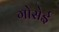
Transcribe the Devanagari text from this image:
गोसेई